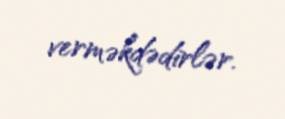
verməkdədirlər.